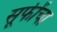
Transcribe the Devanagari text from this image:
सूफींचा